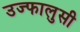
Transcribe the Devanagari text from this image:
उज्फालुसी